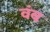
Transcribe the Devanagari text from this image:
वंब